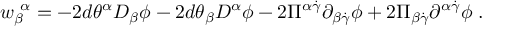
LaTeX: { w } _ { \beta } ^ { ~ \alpha } = - 2 d \theta ^ { \alpha } D _ { \beta } \phi - 2 d \theta _ { \beta } D ^ { \alpha } \phi - 2 \Pi ^ { \alpha \dot { \gamma } } \partial _ { \beta \dot { \gamma } } \phi + 2 \Pi _ { \beta \dot { \gamma } } \partial ^ { \alpha \dot { \gamma } } \phi \; .